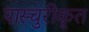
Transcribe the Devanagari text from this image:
पास्चुरीकृत